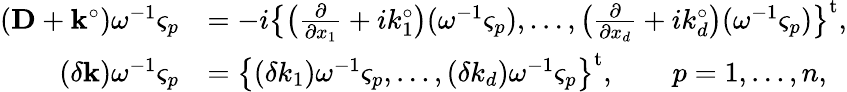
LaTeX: \begin{array}{rl}{(\mathbf{D}+\mathbf{k}^{\circ})\omega^{-1}\varsigma_{p}}&{=-i\bigl\{ \bigl(\frac{\partial}{\partial x_{1}}+ik_{1}^{\circ}\bigr)(\omega^{-1}\varsigma_{p}),\ldots,\bigl(\frac{\partial}{\partial x_{d}}+ik_{d}^{\circ}\bigr)(\omega^{-1}\varsigma_{p})\bigr\} ^{\mathrm{t}},}\\ {(\delta\mathbf{k})\omega^{-1}\varsigma_{p}}&{=\bigl\{ (\delta k_{1})\omega^{-1}\varsigma_{p},\ldots,(\delta k_{d})\omega^{-1}\varsigma_{p}\bigr\} ^{\mathrm{t}},\qquad p=1,\ldots,n,}\end{array}